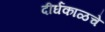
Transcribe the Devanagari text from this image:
दीर्घकाळचे